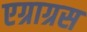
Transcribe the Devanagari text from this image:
एग्राग्रस